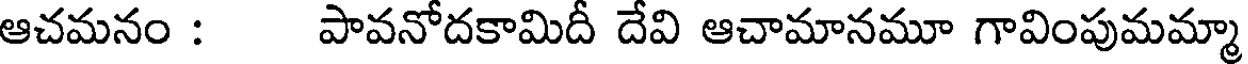
ఆచమనం : పావనోదకామిదీ దేవి ఆచామానమూ గావింపుమమ్మా